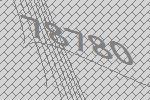
78780